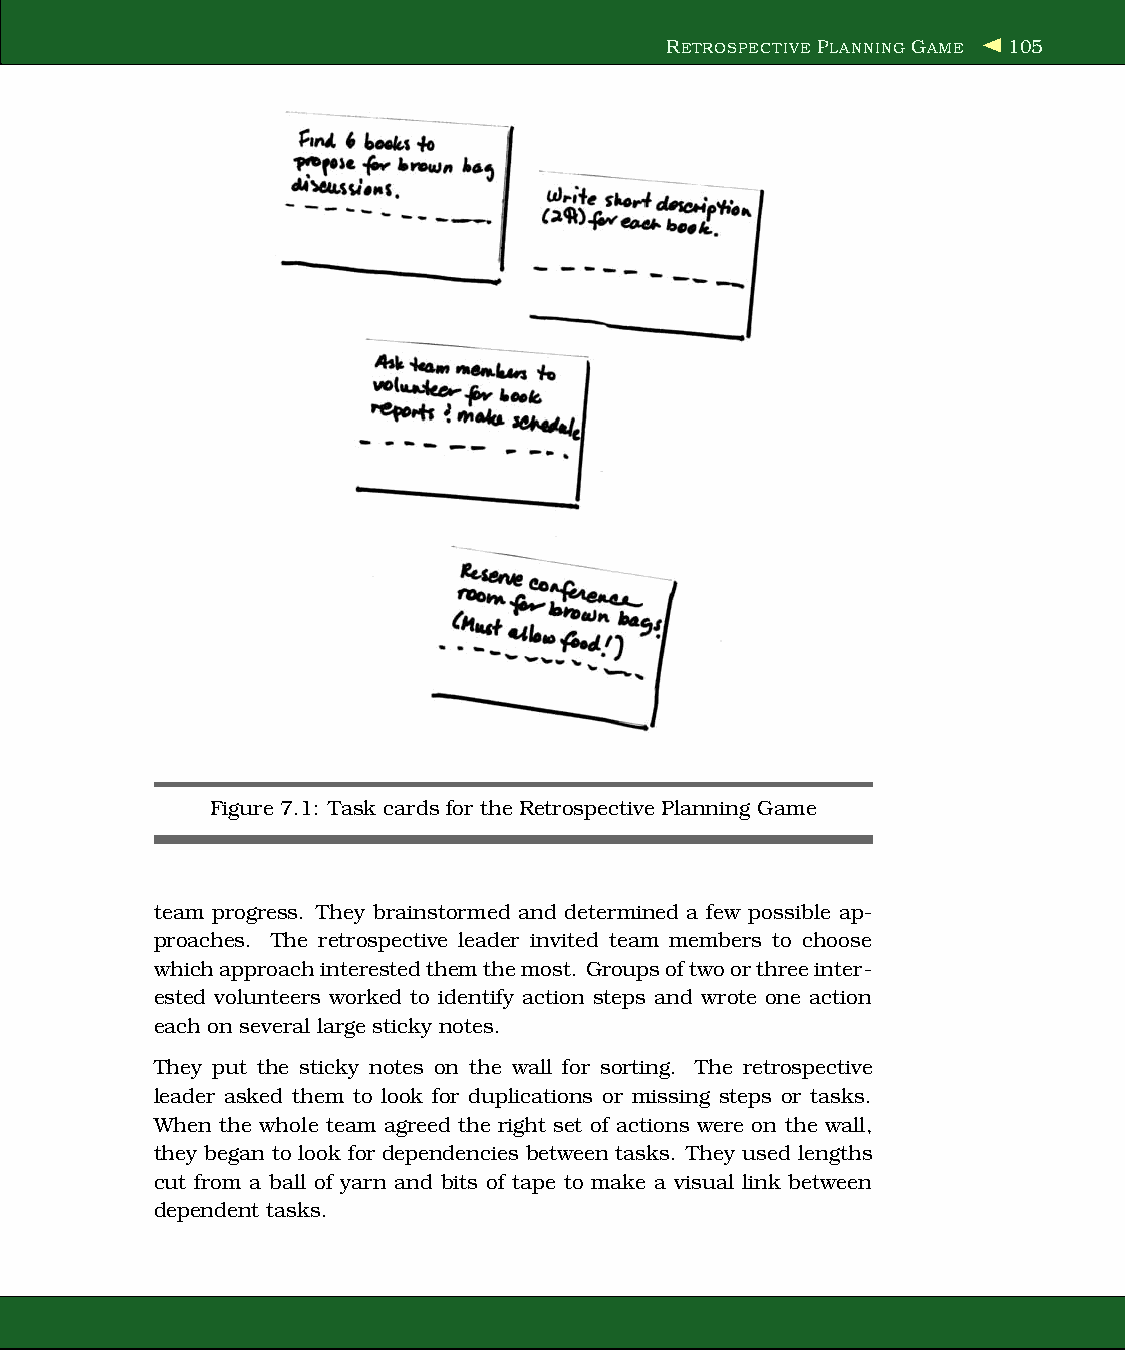
RETROSPECTIVEPLANNING GAME 105
 Figure 7.1: Task cards for the Retrospective Planning Game
 team progress. They brainstormed and determined a few possible ap-
 proaches. The retrospective leader invited team members to choose
 whichapproachinterestedthemthemost. Groupsoftwoorthreeinter-
 ested volunteers worked to identify action steps and wrote one action
 each on several large sticky notes.
 They put the sticky notes on the wall for sorting. The retrospective
 leader asked them to look for duplications or missing steps or tasks.
 When the whole team agreed the right set of actions were on the wall,
 they began to look for dependencies between tasks. They used lengths
 cut from a ball of yarn and bits of tape to make a visual link between
 dependent tasks.